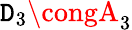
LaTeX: \mathtt{D}_{3}\congA_{3}